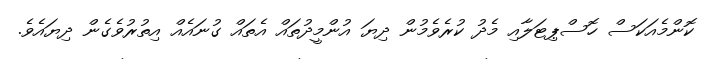
ކޮންމެއަކަސް ހޮސްޕިޓަލާއި މެދު ކުރެވެމުން ދިޔަ އުންމީދުތައް އެތައް ގުނައެއް އިތުރުވެގެން ދިޔައެވެ.